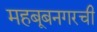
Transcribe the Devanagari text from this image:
महबूबनगरची